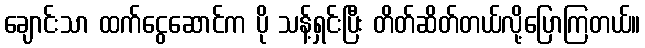
ချောင်းသာ ထက်ငွေဆောင်က ပို သန့်ရှင်းပြီး တိတ်ဆိတ်တယ်လို့ပြောကြတယ်။